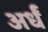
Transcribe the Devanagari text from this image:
अर्धं